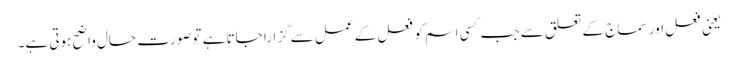
یعنی فعل اور سماج کے تعلق سے جب کسی اسم کو فعل کے عمل سے گزارا جاتا ہے تو صورت حال واضح ہوتی ہے۔